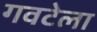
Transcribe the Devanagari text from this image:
गवटेला